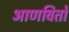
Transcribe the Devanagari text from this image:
आणवितो